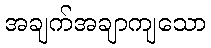
အချက်အချာကျသော